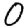
Digit: 0